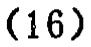
-16